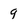
Character: 9